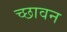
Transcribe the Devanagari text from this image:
च्छावन